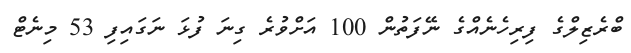
ބްރެޒިލްގެ ފިރިހެނެއްގެ ނޭފަތުން 100 އަށްވުރެ ގިނަ ފުޅަ ނަގައިފި 53 މިނެޓް